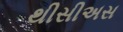
થીસીઅસ